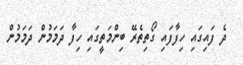
ދެ ފައިގައި ހިފާފައި ގޯތިތެރޭ ބިންމަތީގައި ހިފާ ދަމަމުން ދަމަމުން